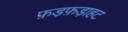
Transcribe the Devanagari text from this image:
फ़ड़फ़ड़ाहट